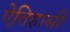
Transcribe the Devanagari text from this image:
ऐतिहासी